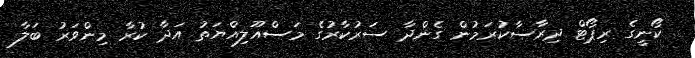
ކޯނީގެ ރިޕޯޓް ދިރާސާކުރަމުން ގެންދާ ސަރުކާރުގެ މަސްއޫލިއްޔަތު އަދާ ކުރާ މިންވަރު ބަލާ